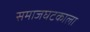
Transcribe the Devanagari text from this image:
समाजघटकाला